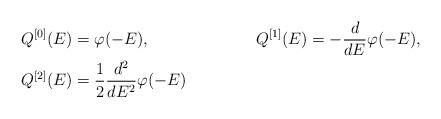
LaTeX: \begin{align*} Q^{[0]}(E)&=\varphi(-E),&Q^{[1]}(E)&=-\frac{d}{dE} \varphi(-E), \\Q^{[2]}(E)&=\frac{1}{2}\frac{d^2}{dE^2} \varphi(-E)\end{align*}